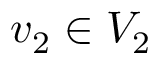
v _ { 2 } \in V _ { 2 }